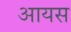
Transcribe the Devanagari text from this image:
आयस